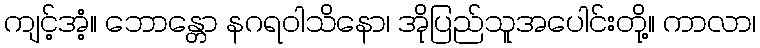
ကျင့်အံ့။ ဘောန္တော နဂရဝါသိနော၊ အိုပြည်သူအပေါင်းတို့။ ကာလာ၊